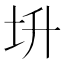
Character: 𡉧